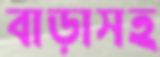
বাড়াসহ